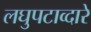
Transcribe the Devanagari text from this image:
लघुपटाव्दारे